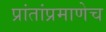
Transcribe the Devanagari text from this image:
प्रांतांप्रमाणेच